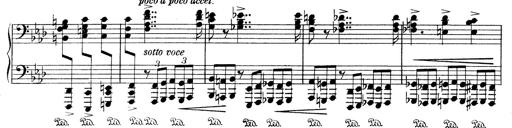
Title: Variationen Ã¼ber das Motiv von Bach
Composer: Franz Liszt